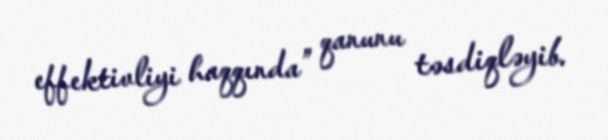
effektivliyi haqqında” qanunu təsdiqləyib.